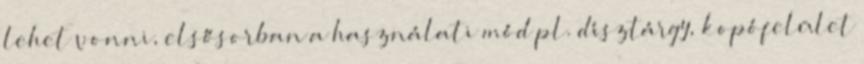
lehet vonni, elsősorban a használati mód pl. dísztárgy, kopófelület